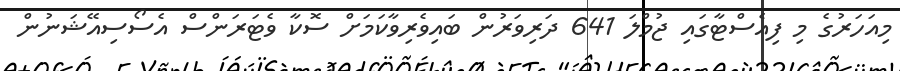
މިއަހަރުގެ މި ފިއެސްޓާގައި ޖުމްލަ 641 ދަރިވަރުން ބައިވެރިވާކަމަށް ސޮކާ ވެޓަރަންސް އެސޯސިއޭޝަނުން